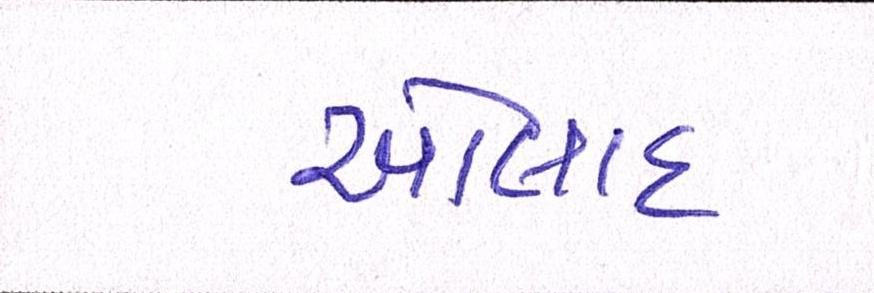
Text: ઓલાદ